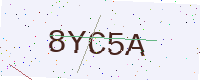
Text: 8YC5A